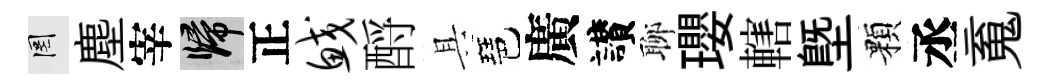
罔塵宰歸正鲛酹具琶廣讃聊瓔轄塈顆丞䰟